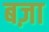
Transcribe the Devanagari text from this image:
बज़ा